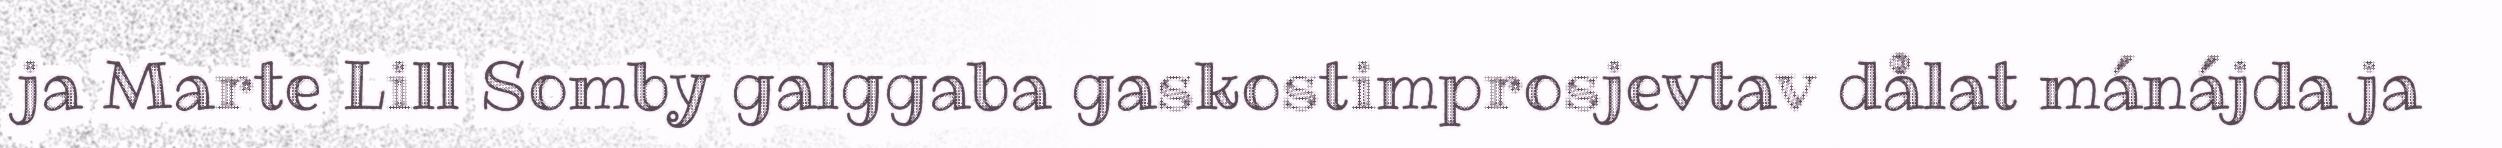
ja Marte Lill Somby galggaba gaskostimprosjevtav dålat mánájda ja